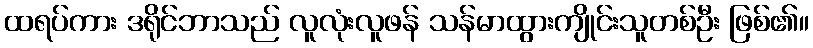
ထရပ်ကား ဒရိုင်ဘာသည် လူလုံးလူဖန် သန်မာထွားကျိုင်းသူတစ်ဦး ဖြစ်၏။